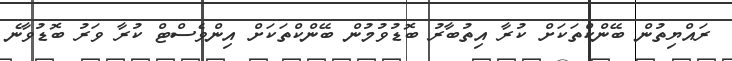
ރައްޔިތުން ބޭންކްތަކަށް ކުރާ އިތުބާރު ބޮޑުވުމުން ބޭންކްތަކަށް އިންވެސްޓް ކުރާ ވަރު ބޮޑުވާނެ